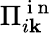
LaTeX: \Pi_{i\mathbf{k}}^{\mathrm{{~i~n~}}}